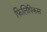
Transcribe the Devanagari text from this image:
फिलिपिकस